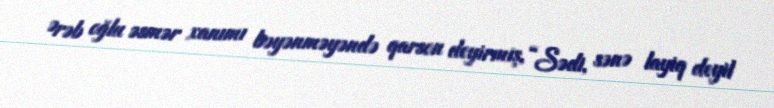
Ərəb oğlu əsmər xanımı bəyənməyəndə qarson deyirmiş, “Sədi, sənə layiq deyil